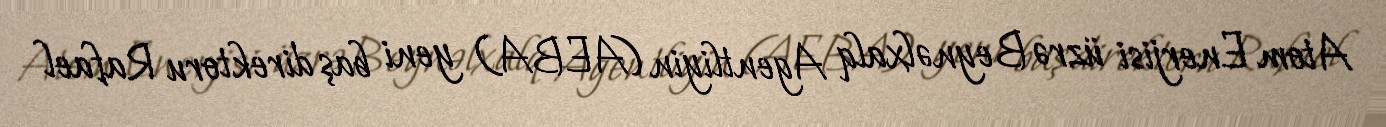
Atom Enerjisi üzrə Beynəlxalq Agentliyin (AEBA) yeni baş direktoru Rafael